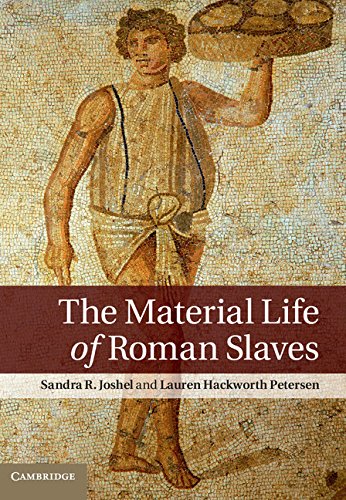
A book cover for The Material Life of Roman Slaves; Sandra R. Joshel; History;